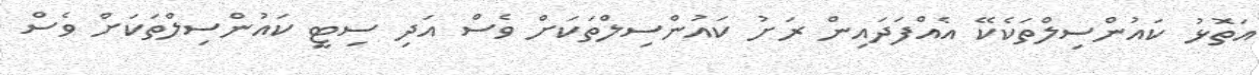
އަތޮޅު ކައުންސިލްތަކެކޭ އެއްފަދައިން ރަށު ކައުންސިލްތަކަށް ވެސް އަދި ސިޓީ ކައުންސިލްތަކަށް ވެސް